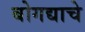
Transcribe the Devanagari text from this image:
बोगद्याचे